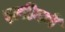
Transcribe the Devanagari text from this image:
झरीनने